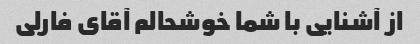
از آشنایی با شما خوشحالم آقای فارلی